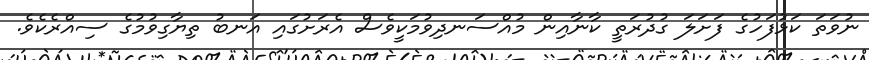
ނުވަތަ ކަޅުފަހުގެ ފަށަލަ ގުދުރަތީ ކާނާއިން މުއްސަނދިވުމަކީވެސް އެރަށުގައި އަނބު ތިޔާގިވުމުގެ ސިއްރެކެވެ.